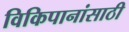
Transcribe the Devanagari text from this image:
विकिपानांसाठी